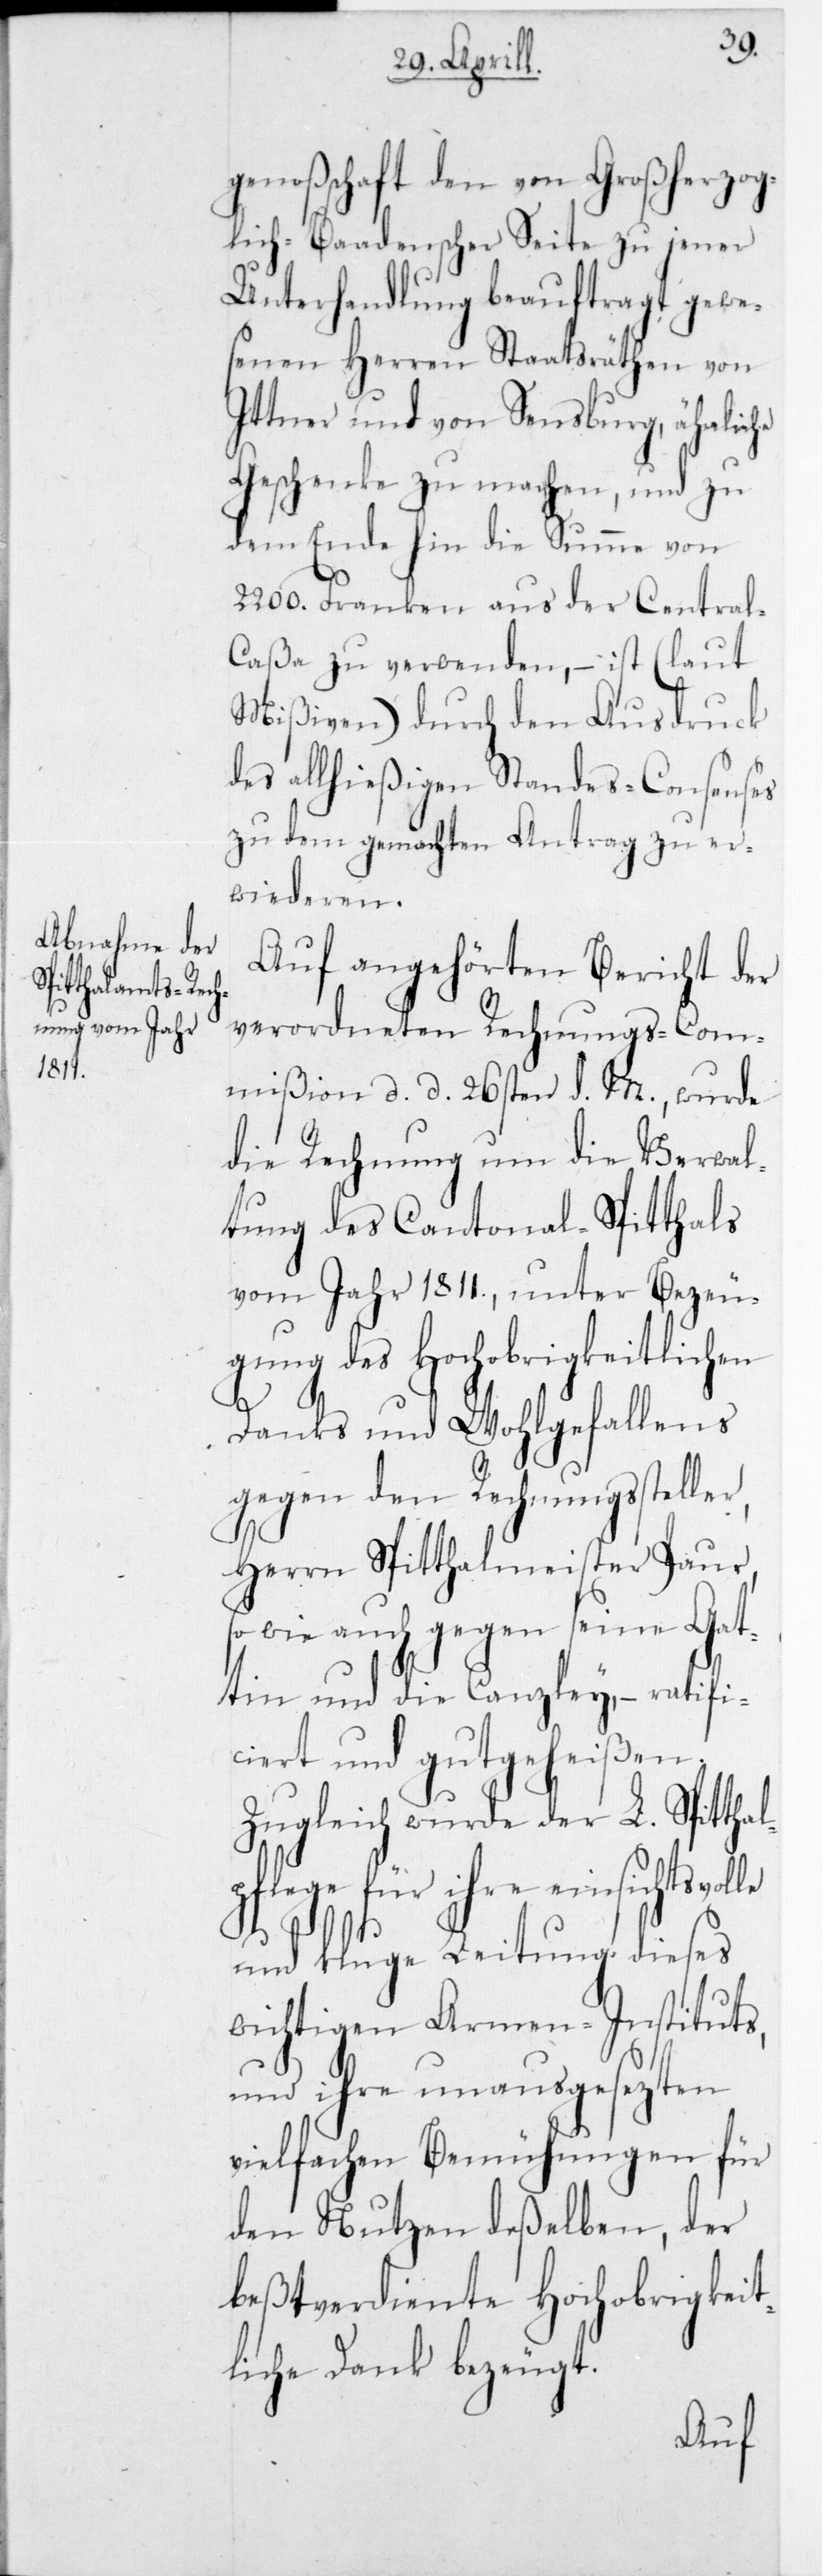
genoßenschaft den von Großherzog¬
lich-Baadenscher Seite zu jener
Unterhandlung beauftragt gewe¬
senen Herren Staatsräthen von
Ittner und von Sensburg, ähnliche
Geschenke zu machen, und zu
dem Ende hin die Summe von
2200 Franken aus der Centra¬
l-Caßa zu verwenden, – ist (laut
Mißiven) durch den Ausdruck
es allhießigen Standes-Consenses
zu dem gemachten Antrag zu er¬
wideren.
Auf angehörten Bericht der
verordneten Rechnungs-Com¬
mißion, d. d. 26sten d. M., wurde
die Rechnung um die Verwal¬
tung des Cantonal-Spitthals
vom Jahr 1811, unter Bezeu¬
gung des Hochobrigkeitlichen
Danks und Wohlgefallens
gegen den Rechnungssteller,
Herrn Spitthalmeister Paur,
so wie auch gegen seine Gat¬
tin und die Canzley, – ratifi¬
ciert und gutgeheißen.
Zugleich wurde der L. Spittha¬
lpflege für ihre einsichtsvolle
und kluge Leitung dieses
wichtigen Armen-Instituts,
und ihre unausgesezten
vielfachen Bemühungen für
den Nutzen deßelben, der
beßtverdiente Hochobrigkeit¬
liche Dank bezeugt.